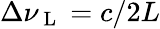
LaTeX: \Delta\nu_{\mathrm{~L~}}=c/2L